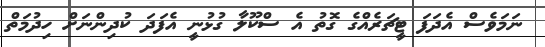
ނަމަވެސް އެދަފަ ޓީޗަރެއްގެ ގޮތު އެ ސްކޫލާ ގުޅުނީ އެފަދަ ކުދިންނަށް ހިދުމަތް